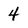
Character: 4